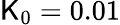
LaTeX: \mathsf{K}_{0}=0.01